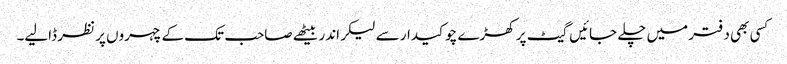
کسی بھی دفتر میں چلے جائیں گیٹ پر کھڑے چوکیدار سے لیکر اندر بیٹھے صاحب تک کے چہروں پر نظر ڈالیے۔